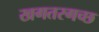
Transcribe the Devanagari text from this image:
खगतरगच्छ